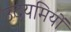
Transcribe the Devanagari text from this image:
उदयमियों